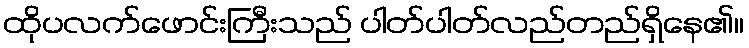
ထိုပလက်ဖောင်းကြီးသည် ပါတ်ပါတ်လည်တည်ရှိနေ၏။